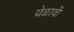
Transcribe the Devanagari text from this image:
येळावी